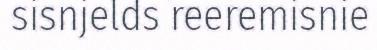
sisnjelds reeremisnie